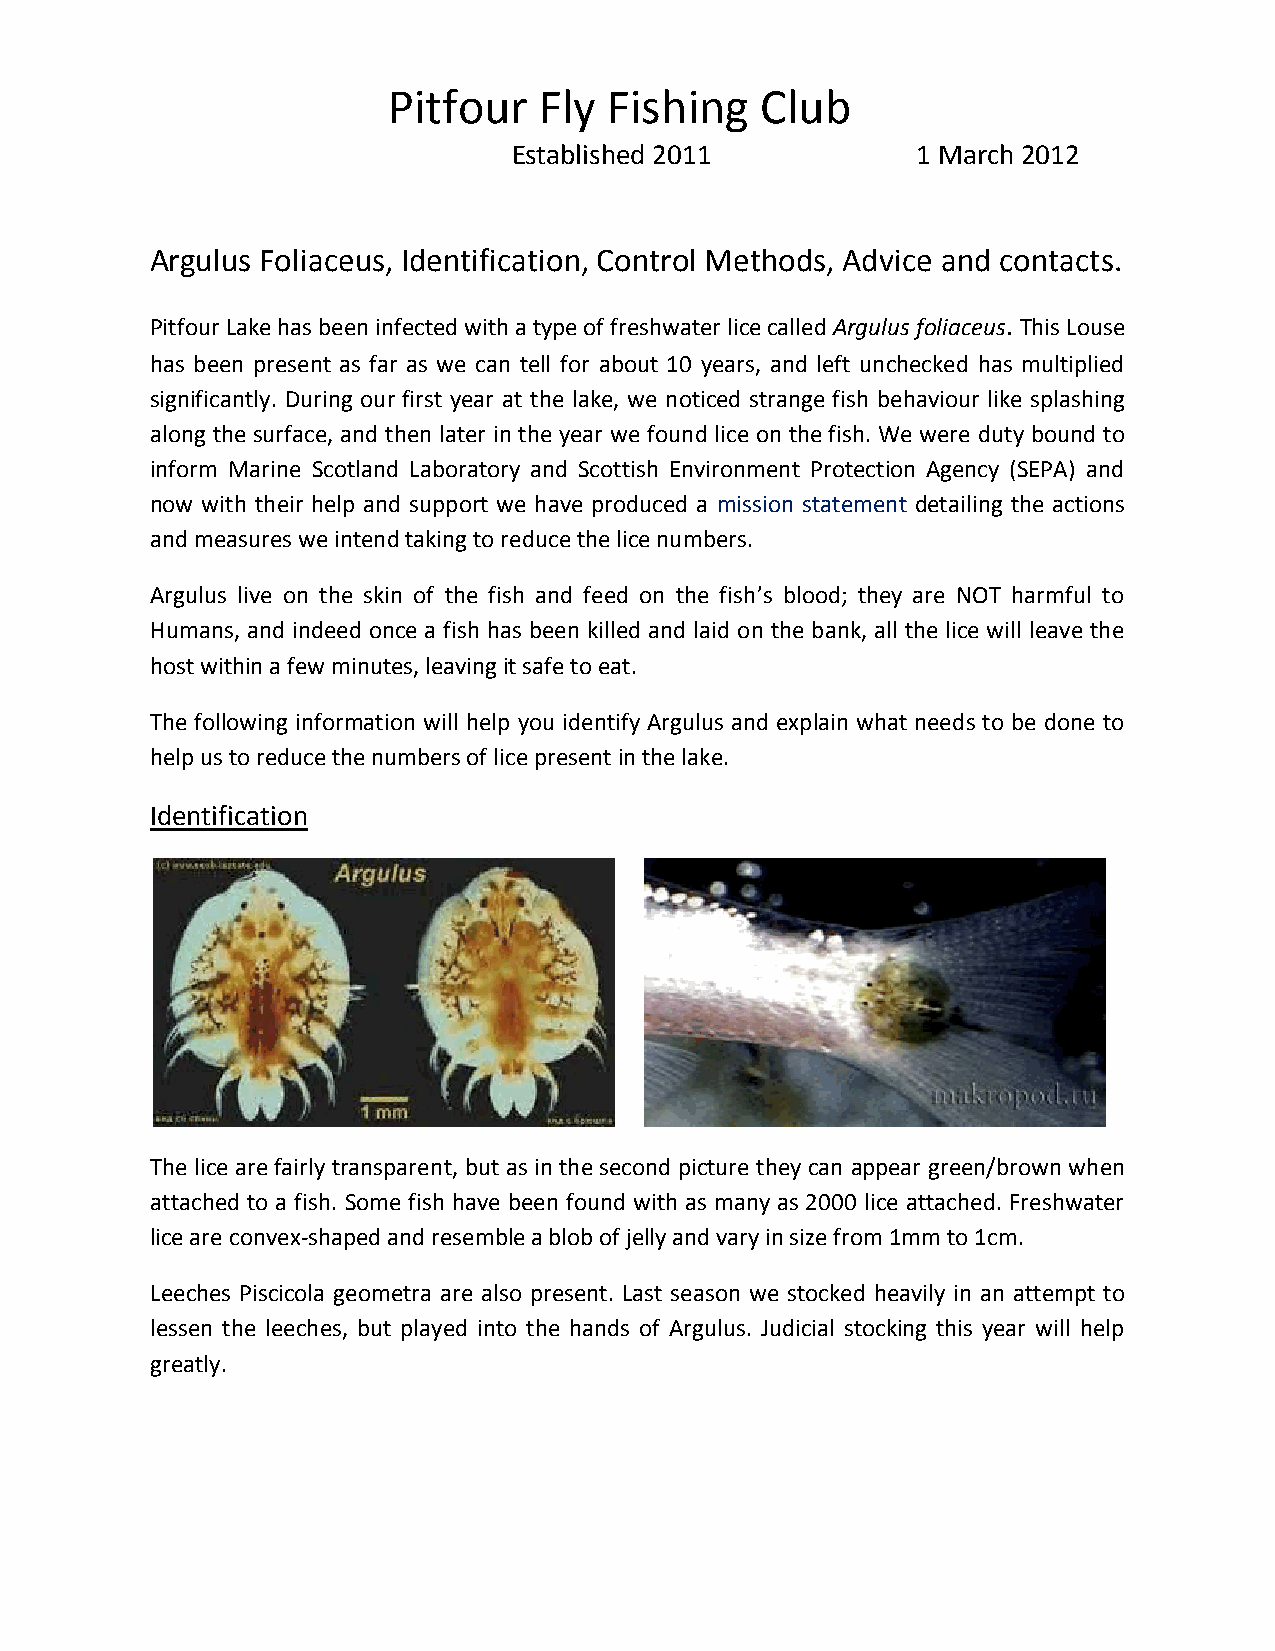
Pitfour   Fly Fishing   Club
 Established 2011           1 March 2012
 Argulus Foliaceus, Identification, Control Methods, Advice and contacts.
 Pitfour Lake has been infected with a type of freshwater lice called Argulus foliaceus. This Louse
 has been present as far as we can tell for about 10 years, and left unchecked has multiplied
 significantly. During our first year at the lake, we noticed strange fish behaviour like splashing
 along the surface, and then later in the year we found lice on the fish. We were duty bound to
 inform Marine Scotland Laboratory and Scottish Environment Protection Agency (SEPA) and
 now with their help and support we have produced a mission statement detailing the actions
 and measures we intend taking to reduce the lice numbers.
 Argulus live on the skin of the fish and feed on the fish’s blood; they are NOT harmful to
 Humans, and indeed once a fish has been killed and laid on the bank, all the lice will leave the
 host within a few minutes, leaving it safe to eat.
 The following information will help you identify Argulus and explain what needs to be done to
 help us to reduce the numbers of lice present in the lake.
 Identification
 The lice are fairly transparent, but as in the second picture they can appear green/brown when
 attached to a fish. Some fish have been found with as many as 2000 lice attached. Freshwater
 lice are convex-shaped and resemble a blob of jelly and vary in size from 1mm to 1cm.
 Leeches Piscicola geometra are also present. Last season we stocked heavily in an attempt to
 lessen the leeches, but played into the hands of Argulus. Judicial stocking this year will help
 greatly.